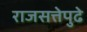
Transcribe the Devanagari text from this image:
राजसत्तेपुढे